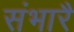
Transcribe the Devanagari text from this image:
संभारै